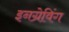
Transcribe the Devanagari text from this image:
इनग्रेविंग